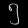
Digit: ၅